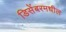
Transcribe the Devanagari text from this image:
डिसेंबरमधील